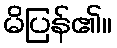
မိပြန်၏။